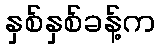
နှစ်နှစ်ခန့်က